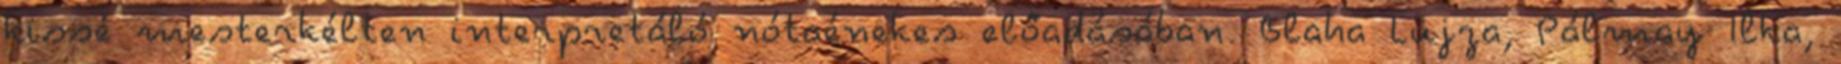
kissé mesterkélten interpretáló nótaénekes előadásában. Blaha Lujza, Pálmay Ilka,